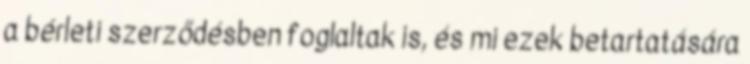
a bérleti szerződésben foglaltak is, és mi ezek betartatására